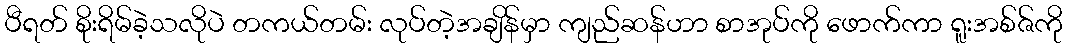
ပီရတ် စိုးရိမ်ခဲ့သလိုပဲ တကယ်တမ်း လုပ်တဲ့အချိန်မှာ ကျည်ဆန်ဟာ စာအုပ်ကို ဖောက်ကာ ရူးအစ်ဇ်ကို